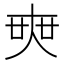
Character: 𡘲